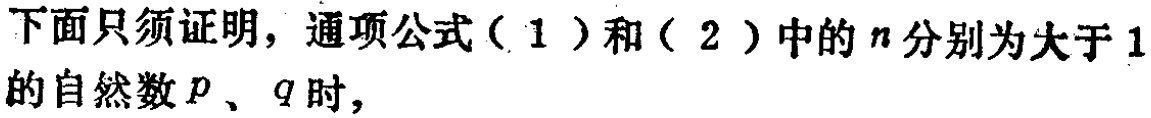
下面只须证明，通项公式（1）和（2）中的\(n\)分别为大于\(1\)的自然数\(p\)、\(q\)时，